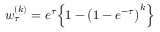
w _ { \tau } ^ { ( k ) } = e ^ { \tau } \Big \{ 1 - \big ( 1 - e ^ { - \tau } \big ) ^ { k } \Big \}